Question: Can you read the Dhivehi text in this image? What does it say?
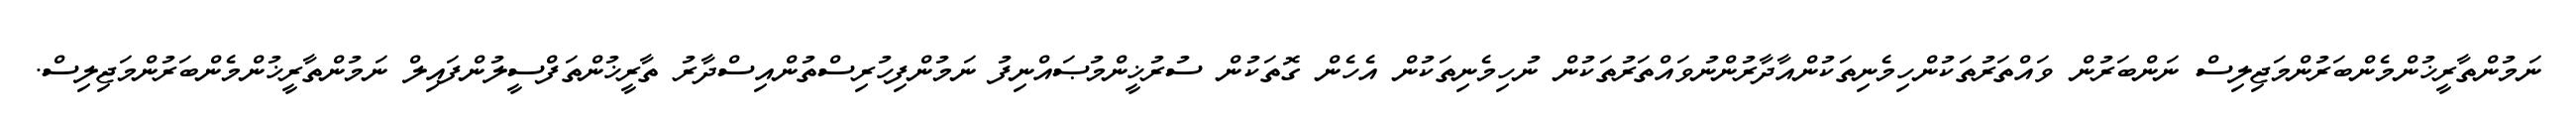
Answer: ނަމުންތާރީޚުންމެންބަރުންމަޖިލިސް ނަންބަރުން ވައްތަރުތަކުންހިމެނިތަކުންއާދާރުންނުވައްތަރުތަކުން ނުހިމެނިތަކުން އެހެން ގޮތަކުން ސުރުޚީންމުޞައްނިފު ނަމުންފިހުރިސްތުންއިސްދާރު ތާރީޚުންތަފްސީލުންފައިލް ނަމުންތާރީޚުންމެންބަރުންމަޖިލިސް.